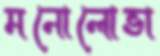
মনোলোভা